NAE_EAA_T-354_Tartu_Tamme_Gumnaasium, lk 5
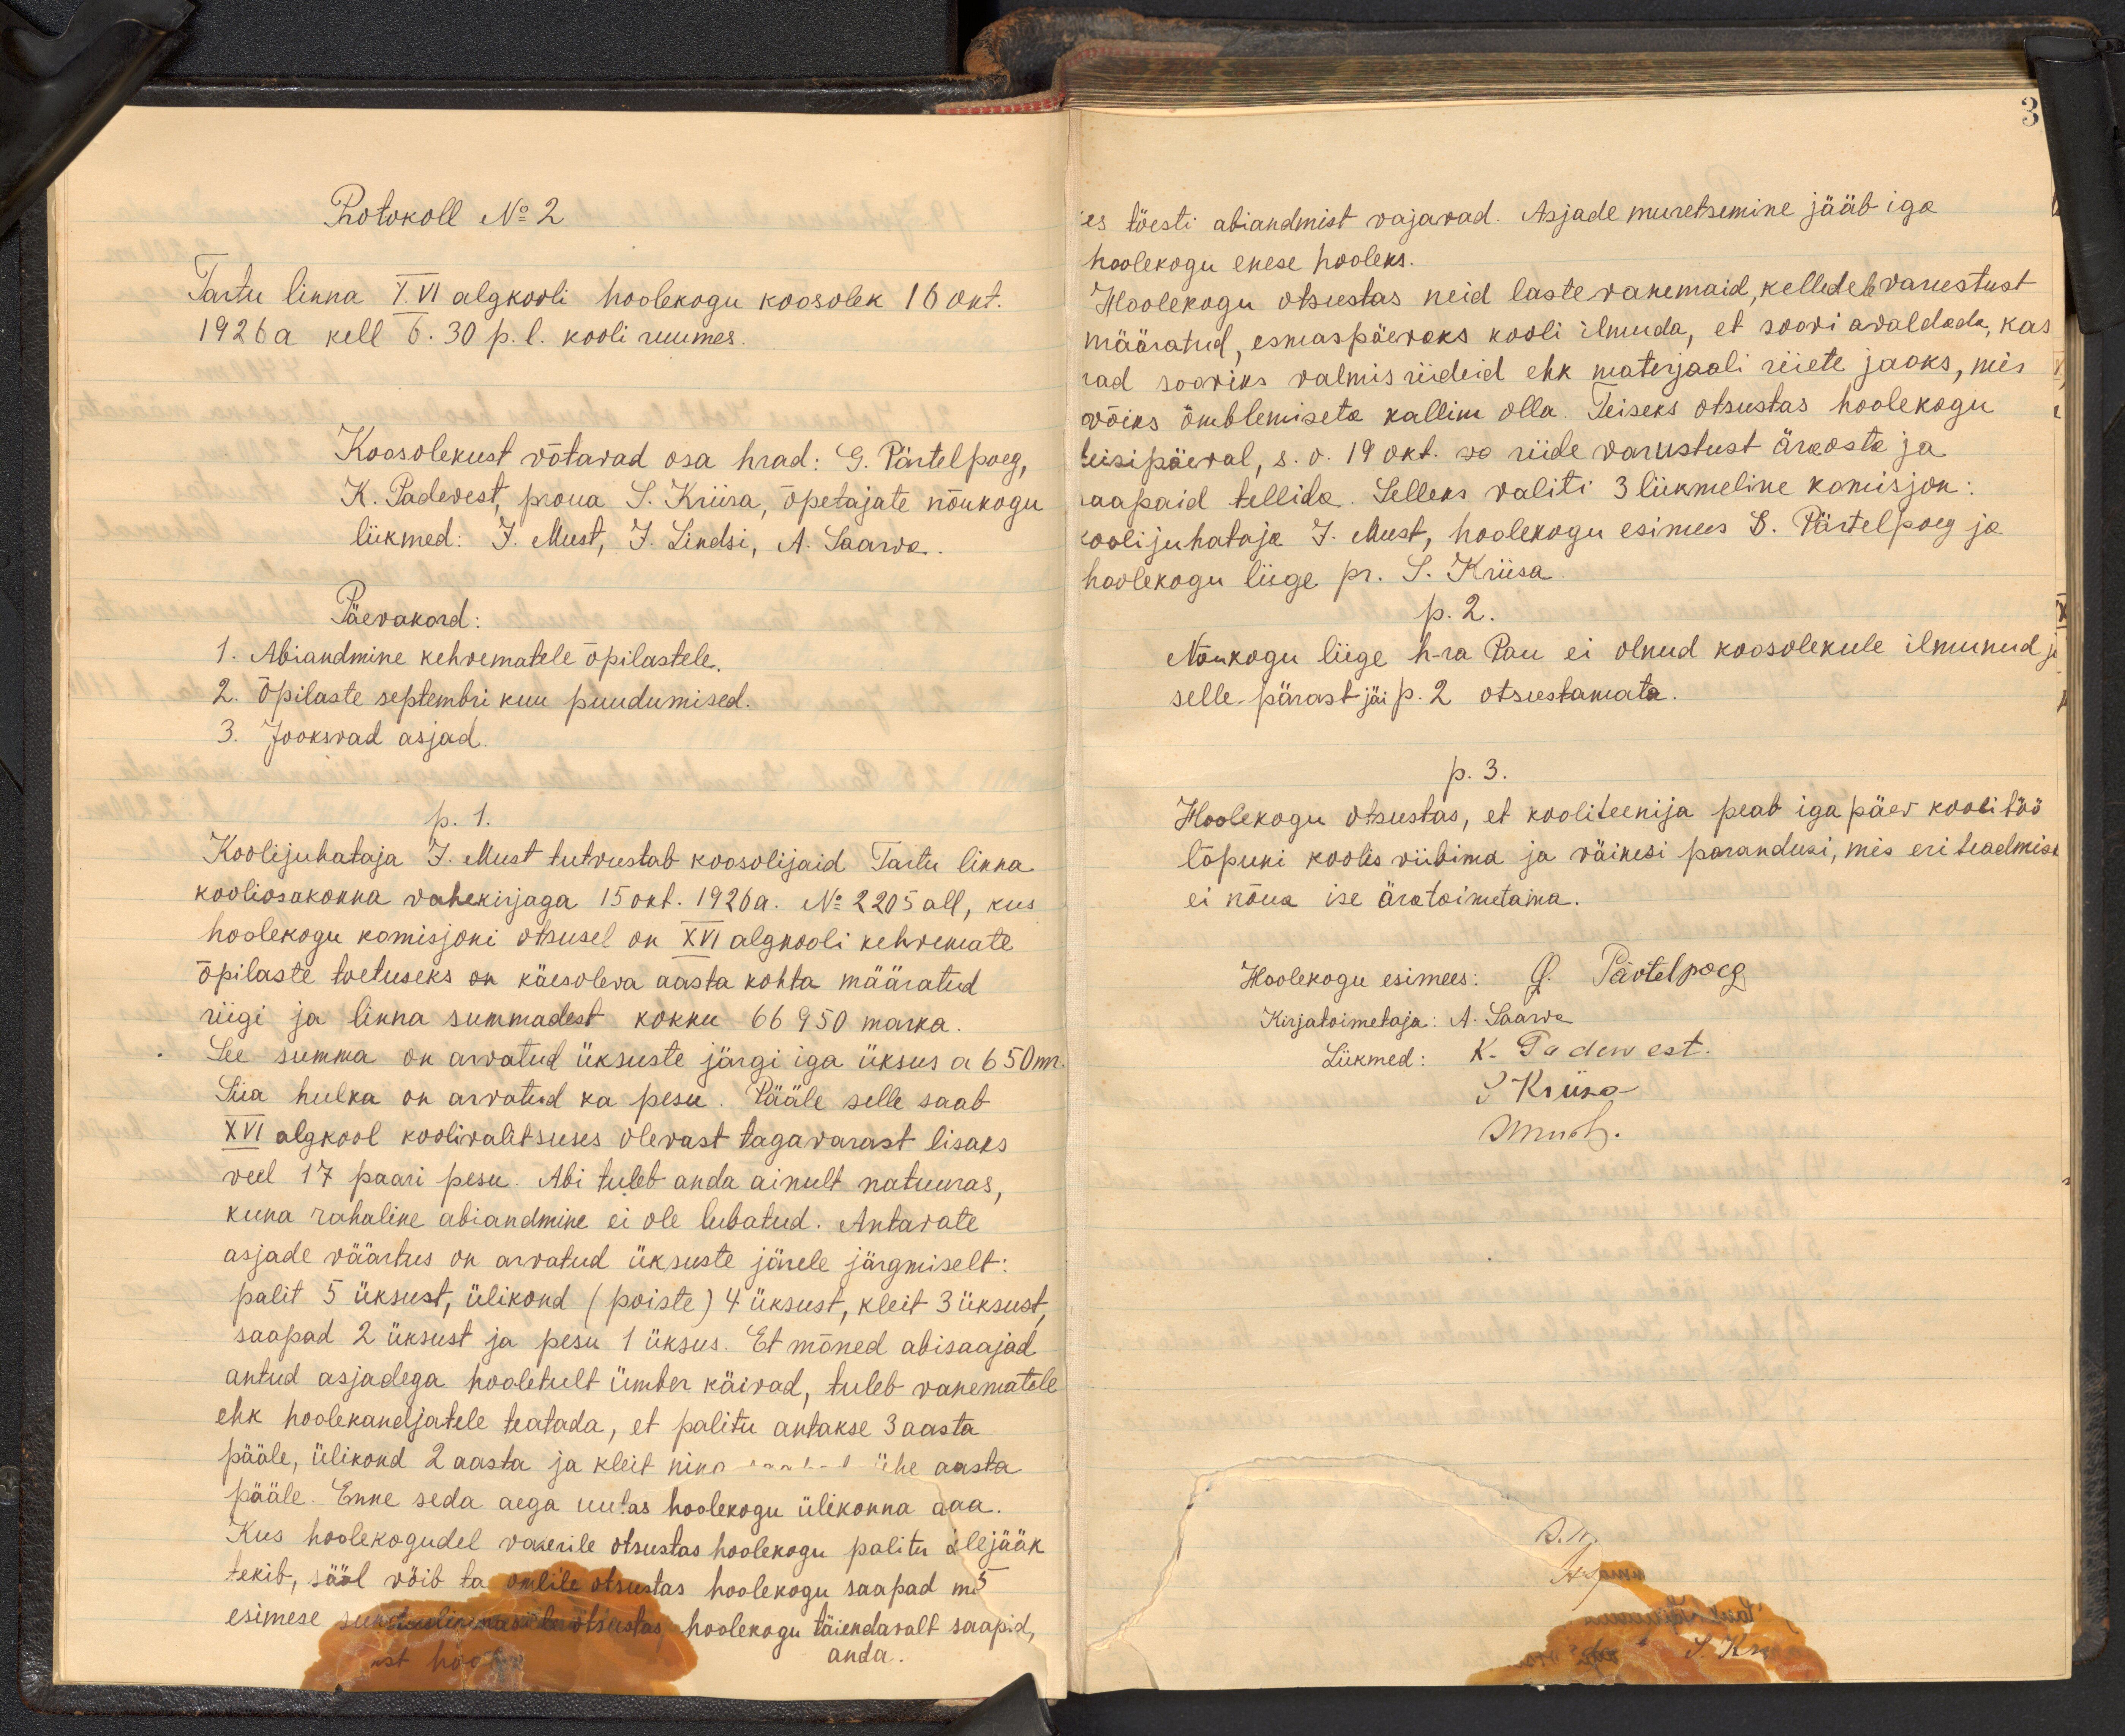
Protokoll No 2
Tartu linna XVI algkooli hoolekogu koosolek 16 okt.
1926 a kell 6. 30 p. l. kooli ruumes.
Koosolekust võtavad osa hrad: G. Pärtelpoeg,
K. Padevest, proua S. Kriisa, õpetajate nõukogu
liikmed: J. Must, J. Lindsi, A. Saarwa.
Päevakord:
1. Abiandmine kehvematele õpilastele.
2. Õpilaste septembri kuu puudumised.
3. Jooksvad asjad.
p. 1.
Koolijuhataja J. Must tutvustab koosolijaid Tartu linna
kooliosakonna vahekirjaga 15 okt. 1926a. No 2205 all, kus
hoolekogu komisjoni otsusel on XVI algkooli kehvemate
õpilaste toetuseks on käesoleva aasta kohta määratud.
riigi ja linna summadest kokku 66950 marka.
See summa on arvatud üksuste järgi iga ütsus a 650m
Siia hulka on arvatud ka pesu. Pääle selle saab
XVI algkool koolivalitsuses olevast tagavarast lisaks
veel 17 paari pesu. Abi tuleb anda ainult natuuras.
kuna rahaline abiandmine ei ole lubatud. Antavate
asjade väärtus on arvatud üksuste järele järgmiselt:
palit 5 üksust, ülikond (poiste) 4 üksust, kleit 3 üksust
saapad. 2 üksust ja pesu 1 üksus. Et mõned abisaajad
antud asjadega hooletult ümber käivad, tuleb vanematele
ehk hoolekandjatele teatada, et palitu antakse 3 aasta
pääle, ülikond 2 aasta ja kleit ning kaal - ühe aasta
pääle. Enne seda aega uutas hoolekogu ülikonna aaa.
Kus hoolekogudel vaberile otsustas hooolekogu palitu ülejääk
tekib, sääl võib ta sulile otsustas hoolekogu saapad mi-
esimese seestuulik aasite otsustas hoolekogu täiendavalt saapid,
anda.

3
es tõesti abiandmist vajavad. Asjade muretsemine jääb iga
hoolekogu enese hooleks.
Hoolekogu otsustas neid lastevanemaid, kelledele varustust
määratud, esmaspäevaks kooli ilmuda, et soovi avaldada, kas
nad sooviks valmis riideid ehk materjaali riiete jaoks, mis
wõiks õmblemiseta kallim olla. Teiseks otsustas hoolekogu
teisipäeval, s.o. 19 okt. riide varustust äraosta ja
saapaid tellida. Selleks valiti 3 liikmeline komisjon:
koolijuhataja J. Must, hoolekogu esimees S. Pärtelpoeg ja
hoolekogu liige pr. S. Kriisa.
p. 2.
Nõukogu liige h-ra Pau ei olnud koosolekule ilmunud,
selle pärast jäi p. 2 otsustamata.
p. 3.
Hoolekogu otsustas, et kooliteenija peab iga päev koolitöö
lõpuni koolis viibima ja väikesi parandusi, mis eri teadmisi
ei nõua ise äratoimetama.
Hoolekogu esimees: G. Pärtelpoeg
Kirjatoimetaja: A. Saarva
Liikmed: K. Padewest.
P Krusa
Muth.